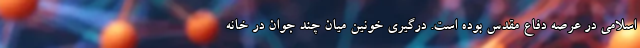
اسلامی در عرصه دفاع مقدس بوده است. درگیری خونین میان چند جوان در خانه